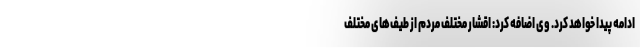
ادامه پیدا خواهد کرد. وی اضافه کرد: اقشار مختلف مردم از طیف‌های مختلف